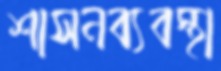
শাসনব্যবস্থা